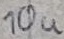
Text: 10u